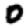
Digit: 0